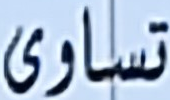
تساوى